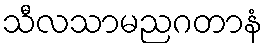
သီလသာမညဂတာနံ